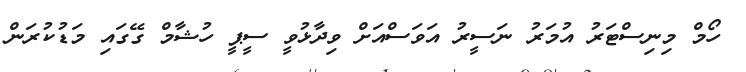
ހޯމް މިނިސްޓަރު އުމަރު ނަސީރު އަވަސްއަށް ވިދާޅުވީ ސީޕީ ހުޝާމް ގޭގައި މަޑުކުރަން